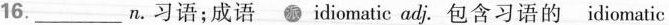
16. ___ n.习语;成语 idiomatic adj. 包含习语的 idiomatic